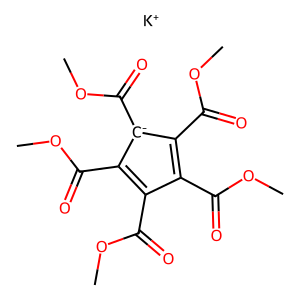
SMILES: COC(=O)c1c(C(=O)OC)c(C(=O)OC)[c-](C(=O)OC)c1C(=O)OC.[K+]
Inhibits HIV replication: No